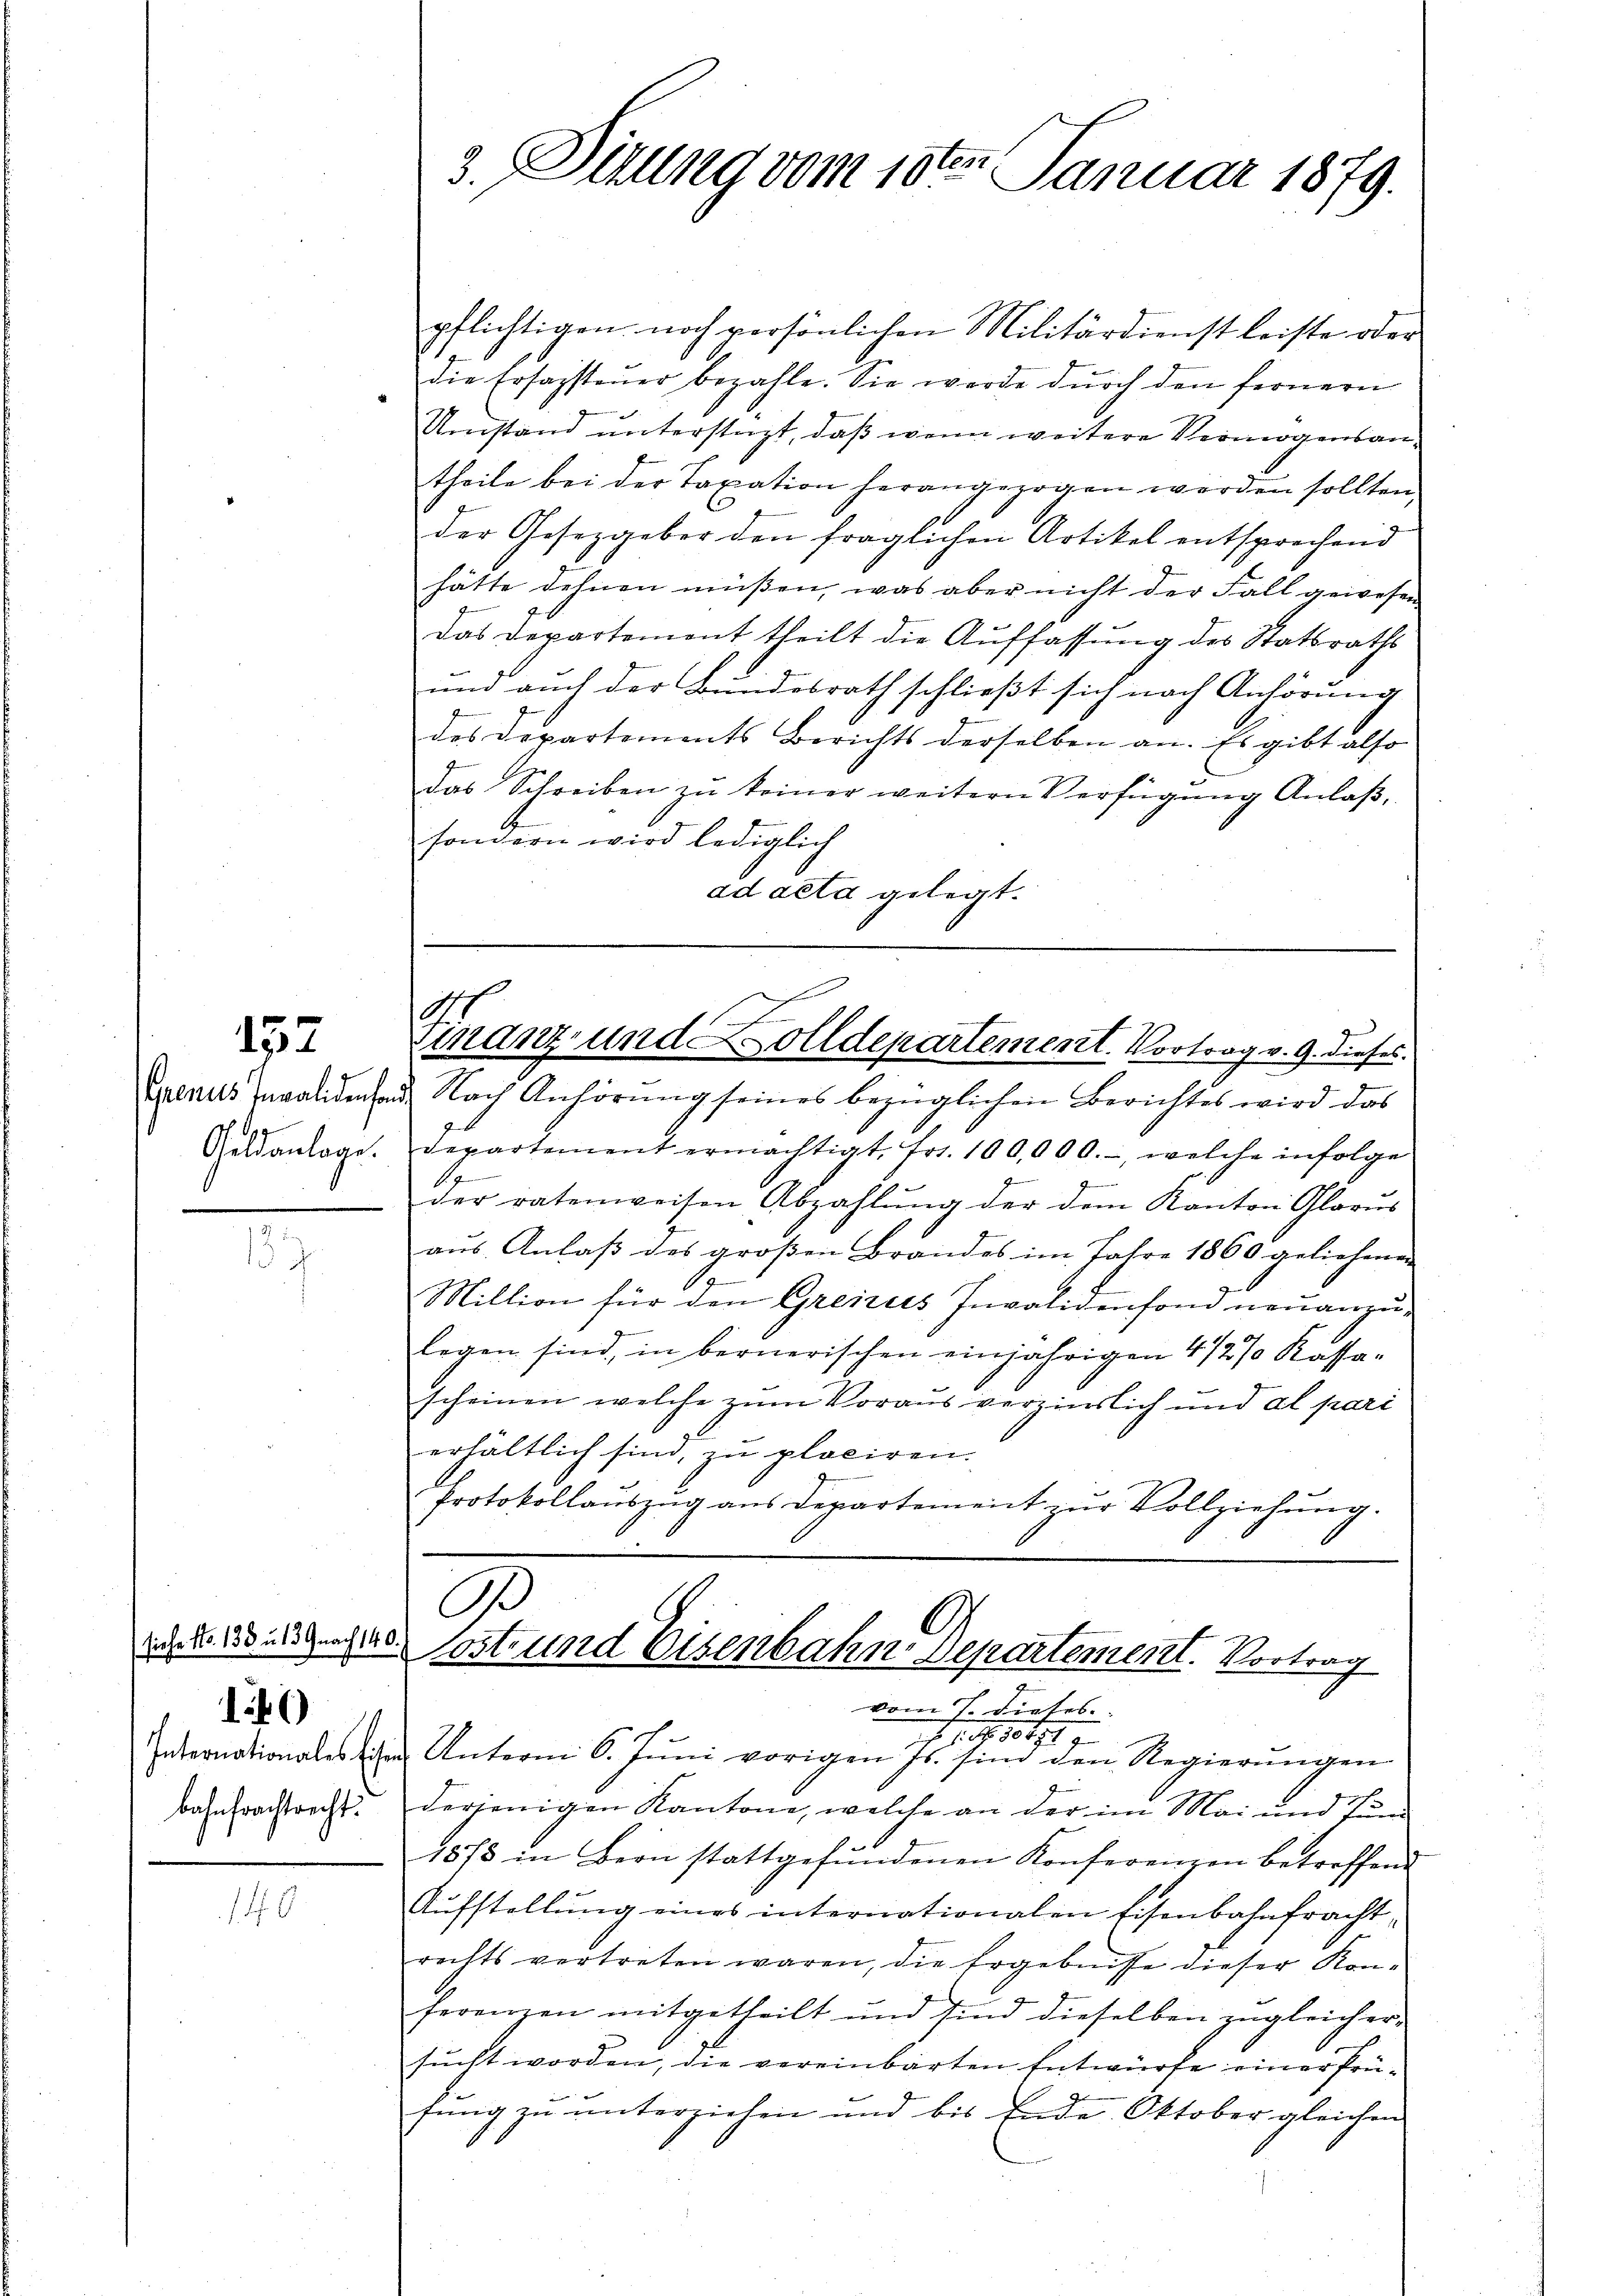
152

bahnfrachtrecht.

14)

3. Situng vom 18ten Januar 1879.

pflichtigen noch persönlichen Militärdienst leiste oder
die Ersagsteuer bezahle. Sie werde durch den fernern
Umstand unterstüzt, daß wenn weitere Vermögensantheile bei der Taxation herangezogen werden sollten
der Gesetzgeber den fraglichen Artikel entsprechend
hätte dehnen müßen, was aber nicht der Fall gewesen
das Departement theilt die Auffassung des Statsraths
e
und auch der Bundesrath schlieβt sich nach Anhörung
des Departements Berichts derselben an. Es gibt also
das Schreiben zŭ keiner weitern Verfügung Anlaß,
sondern wird lediglich
ad acta gelegt.

penus Invalidensen Nach Anhörung seines bezüglichen Berichtes wird das
Geldanlage. Departement ermächtigt, fr. 100,000.-, welche infolge
1
der ratenweisen Abzahlung der dem Kanton Glarus
aus Anlaß des großen Brandes im Jahre 1860 geliehenen
Million für den Greizers Invalidenfond neuanzulegen sind, in bernerischen einjährigen 4 1/2% Kassascheinen welche zum Voraus verzinslich und al pari
erhältlich sind, zu placiren.
Protokollauszug aus Departement zur Vollziehung.

.
mnanz- und Zolldepartement. Vortrag v. 9. dieses.

9
d d. 1 des den Cost und Eisenbahn Departement. Vortrag

vom 7. dieses
11. No. 1047
Internationales im Unterm 6. Jŭni vorigen Js. sind den Regierŭngen
derjenigen Kantone, welche an der im Mai und Jun
1878 in Bern stattgefŭndenen Konferenzen betreffend
Aufstellung eines internationalen Eisenbahnfrachtrechts vertreten waren, die Ergebnisse dieser Konferenzen mitgetheilt und sind dieselben zugleicher
sucht worden, die vereinbarten Entwürfe einer Prüfung zu unterziehen und bis Ende Oktober gleichen